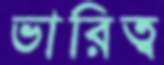
ভারিত্ব